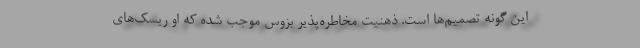
این گونه تصمیم‌ها است. ذهنیت مخاطره‌پذیر بزوس موجب شده که او ریسک‌های